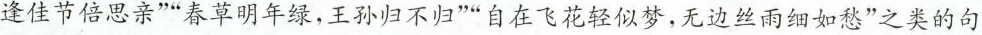
逢佳节倍思亲””春草明年绿，王孙归不归””自在飞花轻似梦，无边丝雨细如愁”之类的句